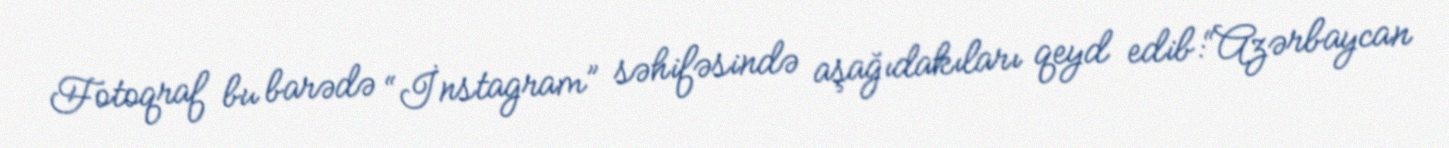
Fotoqraf bu barədə “İnstagram” səhifəsində aşağıdakıları qeyd edib:“Azərbaycan